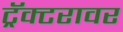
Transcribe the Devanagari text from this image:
ट्रॅक्टरावर